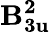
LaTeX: \mathbf{B_{3u}^{2}}